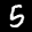
Label: 5